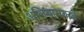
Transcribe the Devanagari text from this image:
अलिबागकडे